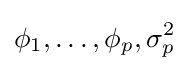
\phi _{1},\ldots ,\phi _{p},\sigma _{p}^{2}